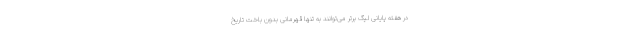
در هفته پایانی لیگ برتر می‌توانند به تنها قهرمانی بدون باخت تاریخ